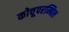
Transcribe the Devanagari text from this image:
कोचूपरम्बिल